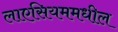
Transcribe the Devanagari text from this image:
लाएसियममधील